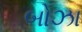
બોઝા